Reports on military cantonments and civil stations in the Presidency of Bombay inspected by the Sanitary Commissioner in the years 1875 and 1876
Year: 1875
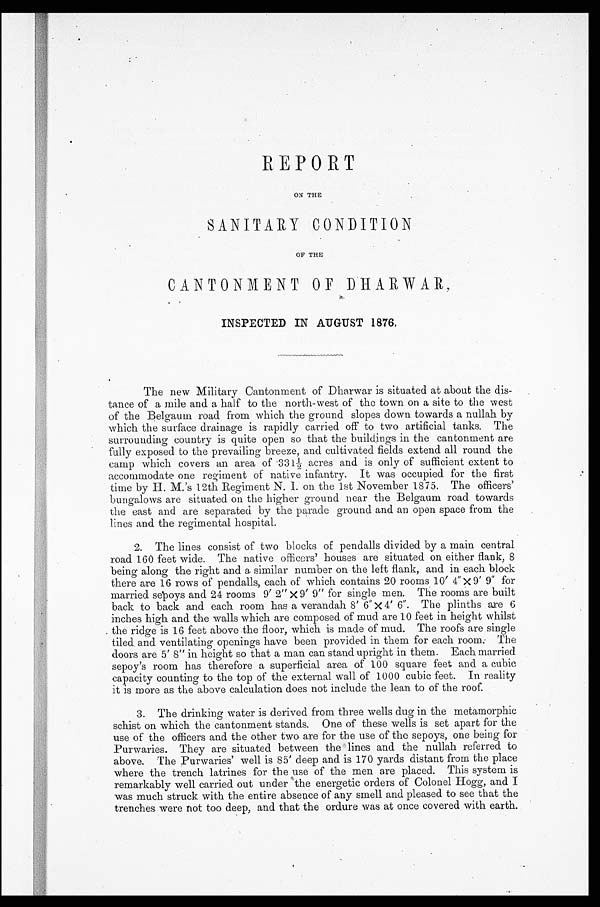
REPORT
ON THE
SANITARY CONDITION
OF THE
CANTONMENT OF DHARWAR,
INSPECTED IN AUGUST 1876.
The new Military Cantonment of Dharwar is situated at about the dis-
tance of a mile and a half to the north-west of the town on a site to the west
of the Belgaum road from which the ground slopes down towards a nullah by
which the surface drainage is rapidly carried off to two artificial tanks. The
surrounding country is quite open so that the buildings in the cantonment are
fully exposed to the prevailing breeze, and cultivated fields extend all round the
camp which covers an area of 331½ acres and is only of sufficient extent to
accommodate one regiment of native infantry. It was occupied for the first
time by H. M.'s 12th Regiment N. I. on the 1st November 1875. The officers'
bungalows are situated on the higher ground near the Belgaum road towards
the east and are separated by the parade ground and an open space from the
lines and the regimental hospital.
2. The lines consist of two blocks of pendalls divided by a main central
road 160 feet wide. The native officers' houses are situated on either flank, 8
being along the right and a similar number on the left flank, and in each block
there are 16 rows of pendalls, each of which contains 20 rooms 10' 4" x 9' 9" for
married sepoys and 24 rooms 9' 2" x 9' 9" for single men. The rooms are built
back to back and each room has a verandah 8' 6" X 4' 6 " . The plinths are 6
inches high and the walls which are composed of mud are 10 feet in height whilst
the ridge is 16 feet above the floor, which is made of mud. The roofs are single
tiled and ventilating openings have been provided in them for each room. The
doors are 5' 8" in height so that a man can stand upright in them. Each married
sepoy's room has therefore a superficial area of 100 square feet and a cubic
capacity counting to the top of the external wall of 1000 cubic feet. In reality
it is more as the above calculation does not include the lean to of the roof.
3. The drinking water is derived from three wells dug in the metamorphic
schist on which the cantonment stands. One of these wells is set apart for the
use of the officers and the other two are for the use of the sepoys, one being for
Purwaries. They are situated between the lines and the nullah referred to
above. The Purwaries' well is 85' deep and is 170 yards distant from the place
where the trench latrines for the use of the men are placed. This system is
remarkably well carried out under the energetic orders of Colonel Hogg, and I
was much struck with the entire absence of any smell and pleased to see that the
trenches were not too deep, and that the ordure was at once covered with earth.